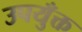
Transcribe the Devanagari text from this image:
उपयुँक्त